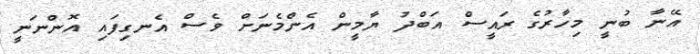
އޭނާ ބުނީ މިހާރުގެ ރައީސް އަބްދު ޔާމީން އެންމެނަށް ވެސް އެނގިފައި އޮންނަނީ